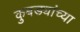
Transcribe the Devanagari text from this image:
कुबड्यांच्या